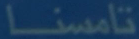
ثامنًا